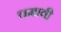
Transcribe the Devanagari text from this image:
चमावी